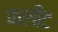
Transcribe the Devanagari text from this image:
फलीट